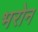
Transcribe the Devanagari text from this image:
भरोन